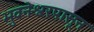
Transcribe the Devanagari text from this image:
भुवनेश्वरपासून